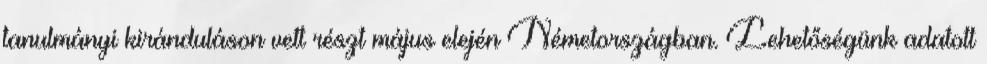
tanulmányi kiránduláson vett részt május elején Németországban. Lehetőségünk adatott